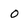
Character: O